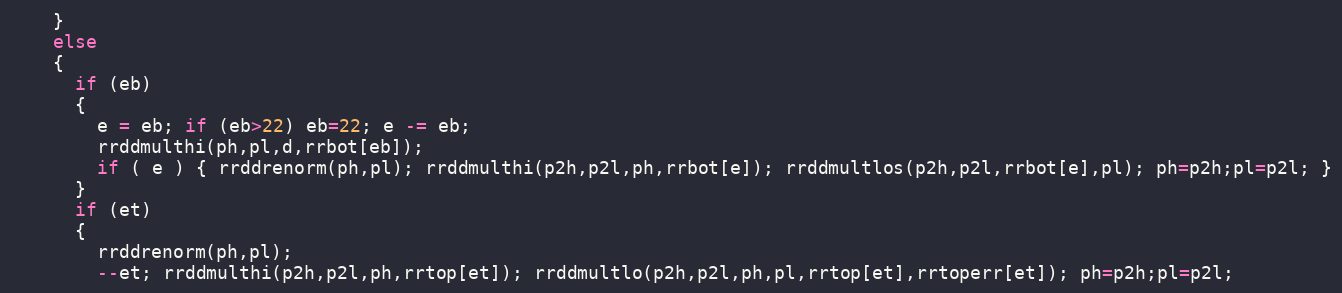
Language: C
    }
    else
    {
      if (eb)
      {
        e = eb; if (eb>22) eb=22; e -= eb;
        rrddmulthi(ph,pl,d,rrbot[eb]);
        if ( e ) { rrddrenorm(ph,pl); rrddmulthi(p2h,p2l,ph,rrbot[e]); rrddmultlos(p2h,p2l,rrbot[e],pl); ph=p2h;pl=p2l; }
      }
      if (et)
      {
        rrddrenorm(ph,pl);
        --et; rrddmulthi(p2h,p2l,ph,rrtop[et]); rrddmultlo(p2h,p2l,ph,pl,rrtop[et],rrtoperr[et]); ph=p2h;pl=p2l;